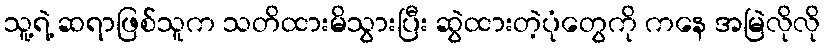
သူ့ရဲ့ ဆရာဖြစ်သူက သတိထားမိသွားပြီး ဆွဲထားတဲ့ပုံတွေကို ကနေ အမြဲလိုလို